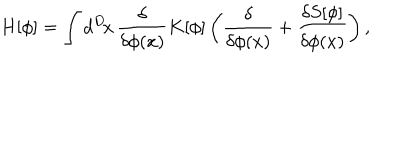
LaTeX: H [ \phi ] = \int d ^ { D } \! x \, \frac { \delta } { \delta \phi ( x ) } K [ \phi ] \left( \frac { \delta } { \delta \phi ( x ) } + \frac { \delta S [ \phi ] } { \delta \phi ( x ) } \right) ,